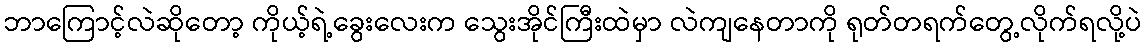
ဘာကြောင့်လဲဆိုတော့ ကိုယ့်ရဲ့ခွေးလေးက သွေးအိုင်ကြီးထဲမှာ လဲကျနေတာကို ရုတ်တရက်တွေ့လိုက်ရလို့ပဲ